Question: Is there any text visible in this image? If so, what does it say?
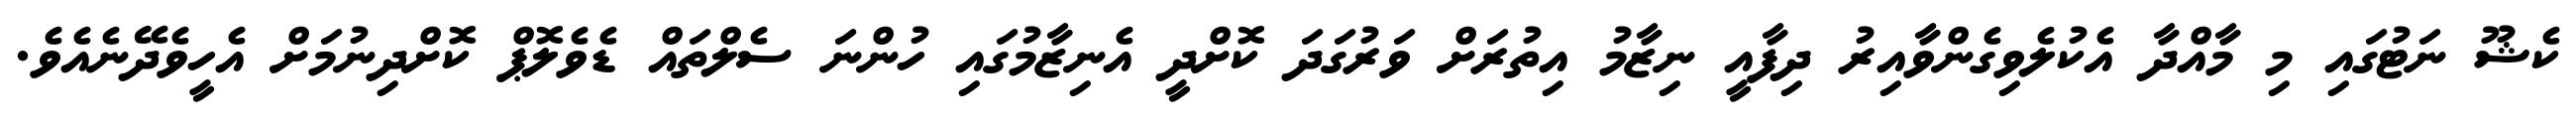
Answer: ކެޝޫ ނަޓުގައި މި މާއްދާ އެކުލެވިގެންވާއިރު ދިފާއީ ނިޒާމު އިތުރަށް ވަރުގަދަ ކޮށްދީ އެނިޒާމުގައި ހުންނަ ސެލްތައް ޑެވެލޮޕް ކޮށްދިނުމަށް އެހީވެދޭނެއެވެ.